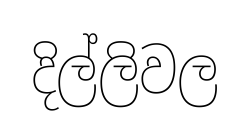
දිල්ලිවල